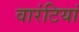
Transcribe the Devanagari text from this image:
वारंटियां